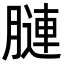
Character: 𦟪